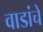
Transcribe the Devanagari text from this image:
वाडांचे